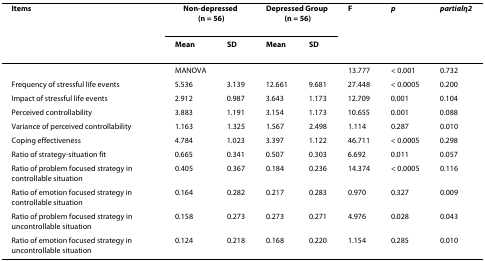
<table><thead><tr><td><b>Items</b></td><td colspan="2"><b>Non-depressed (n = 56)</b></td><td colspan="2"><b>Depressed Group (n = 56)</b></td><td><b>F</b></td><td><b><i>p</i></b></td><td><b><i>partialη2</i></b></td></tr><tr><td></td><td><b>Mean</b></td><td><b>SD</b></td><td><b>Mean</b></td><td><b>SD</b></td><td></td><td></td><td></td></tr></thead><tbody><tr><td></td><td>MANOVA</td><td></td><td></td><td></td><td>13.777</td><td>&lt; 0.001</td><td>0.732</td></tr><tr><td>Frequency of stressful life events</td><td>5.536</td><td>3.139</td><td>12.661</td><td>9.681</td><td>27.448</td><td>&lt; 0.0005</td><td>0.200</td></tr><tr><td>Impact of stressful life events</td><td>2.912</td><td>0.987</td><td>3.643</td><td>1.173</td><td>12.709</td><td>0.001</td><td>0.104</td></tr><tr><td>Perceived controllability</td><td>3.883</td><td>1.191</td><td>3.154</td><td>1.173</td><td>10.655</td><td>0.001</td><td>0.088</td></tr><tr><td>Variance of perceived controllability</td><td>1.163</td><td>1.325</td><td>1.567</td><td>2.498</td><td>1.114</td><td>0.287</td><td>0.010</td></tr><tr><td>Coping effectiveness</td><td>4.784</td><td>1.023</td><td>3.397</td><td>1.122</td><td>46.711</td><td>&lt; 0.0005</td><td>0.298</td></tr><tr><td>Ratio of strategy-situation fit</td><td>0.665</td><td>0.341</td><td>0.507</td><td>0.303</td><td>6.692</td><td>0.011</td><td>0.057</td></tr><tr><td>Ratio of problem focused strategy in controllable situation</td><td>0.405</td><td>0.367</td><td>0.184</td><td>0.236</td><td>14.374</td><td>&lt; 0.0005</td><td>0.116</td></tr><tr><td>Ratio of emotion focused strategy in controllable situation</td><td>0.164</td><td>0.282</td><td>0.217</td><td>0.283</td><td>0.970</td><td>0.327</td><td>0.009</td></tr><tr><td>Ratio of problem focused strategy in uncontrollable situation</td><td>0.158</td><td>0.273</td><td>0.273</td><td>0.271</td><td>4.976</td><td>0.028</td><td>0.043</td></tr><tr><td>Ratio of emotion focused strategy in uncontrollable situation</td><td>0.124</td><td>0.218</td><td>0.168</td><td>0.220</td><td>1.154</td><td>0.285</td><td>0.010</td></tr></tbody></table>